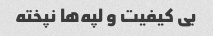
بی کیفیت و لپه‌ها نپخته